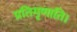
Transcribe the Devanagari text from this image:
प्रतिगृणाति।